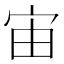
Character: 宙